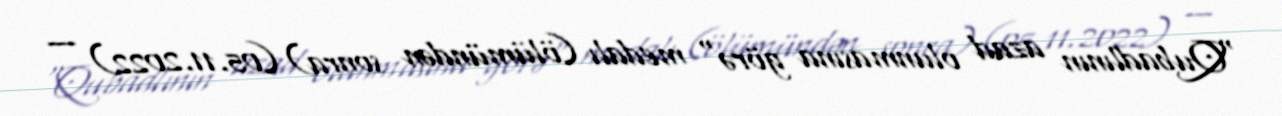
"Qubadlının azad olunmasına görə" medalı (ölümündən sonra) (05.11.2022) —